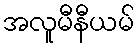
အလူမီနီယမ်